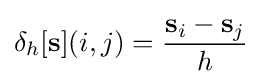
\delta _{h}[\mathbf {s} ](i,j)={\frac {\mathbf {s} _{i}-\mathbf {s} _{j}}{h}}